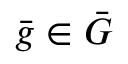
{ \bar { g } } \in { \bar { G } }